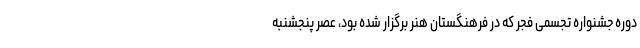
دوره جشنواره تجسمی فجر که در فرهنگستان هنر برگزار شده بود، عصر پنجشنبه